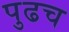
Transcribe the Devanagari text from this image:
पुढच